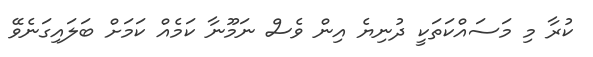
ކުރާ މި މަސައްކަތަކީ ދުނިޔެ އިން ވެސް ނަމޫނާ ކަމެއް ކަމަށް ބަލައިގަނެވޭ